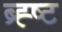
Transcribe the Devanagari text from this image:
ब्र्ह्ष्ट